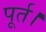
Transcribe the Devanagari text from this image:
पूर्त।